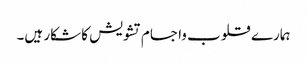
ہمارے قلوب واجسام تشویش کا شکار ہیں۔